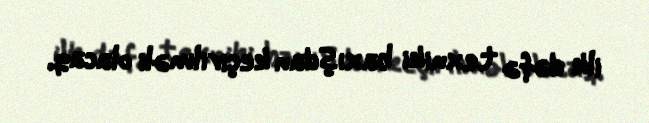
ilk dəfə texniki baxışdan keçirilməli olacaq.